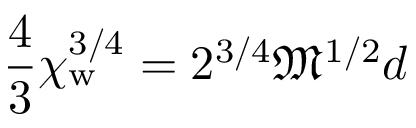
{ \frac { 4 } { 3 } } \chi _ { \mathrm { w } } ^ { 3 / 4 } = 2 ^ { 3 / 4 } { \mathfrak { M } } ^ { 1 / 2 } d